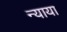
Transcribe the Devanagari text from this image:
न्याया